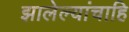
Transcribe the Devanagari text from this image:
झालेल्यांचाहि